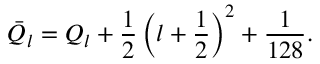
\bar { Q } _ { l } = Q _ { l } + \frac { 1 } { 2 } \left( l + \frac { 1 } { 2 } \right) ^ { 2 } + \frac { 1 } { 1 2 8 } .